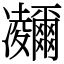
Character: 鿛